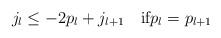
LaTeX: \begin{align*}j_l\leq -2p_l + j_{l+1} \quad\textrm{if}p_l=p_{l+1}\end{align*}